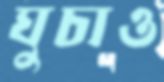
ঘুচাও